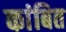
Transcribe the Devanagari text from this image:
कांबित